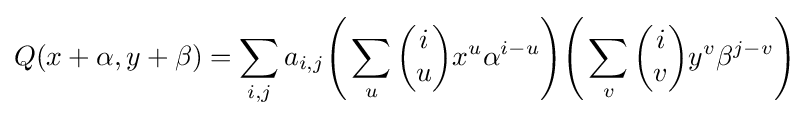
Q(x+\alpha ,y+\beta )=\sum _{i,j}a_{i,j}{\Bigg (}\sum _{u}{\begin{pmatrix}i\\u\end{pmatrix}}x^{u}\alpha ^{i-u}{\Bigg )}{\Bigg (}\sum _{v}{\begin{pmatrix}i\\v\end{pmatrix}}y^{v}\beta ^{j-v}{\Bigg )}